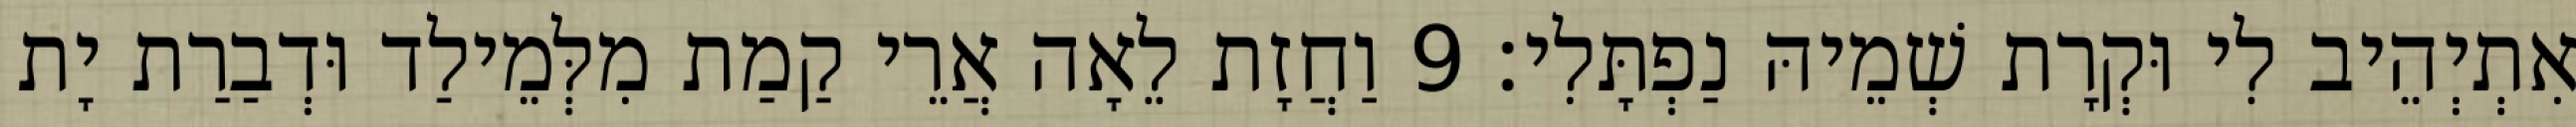
אִתְיְהֵיב לִי וּקְרָת שְׁמֵיהּ נַפְתָּלִי׃ 9 וַחֲזָת לֵאָה אֲרֵי קַמַת מִלְּמֵילַד וּדְבַרַת יָת